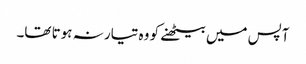
آپس میں بیٹھنے کو وہ تیار نہ ہوتا تھا۔